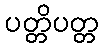
ပတ္တိပတ္တ